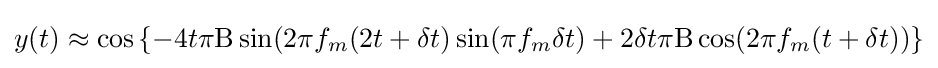
y(t)\approx \cos \left\{-4t\pi \mathrm {B} \sin(2\pi f_{m}(2t+\delta t)\sin(\pi f_{m}\delta t)+2\delta t\pi \mathrm {B} \cos(2\pi f_{m}(t+\delta t))\right\}